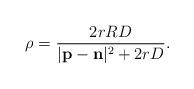
LaTeX: \begin{align*}\rho = \frac{2 r RD}{| \mathbf p - \mathbf n |^2 +2 r D}.\end{align*}